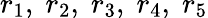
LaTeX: r_{1},\; r_{2},\; r_{3},\; r_{4},\; r_{5}